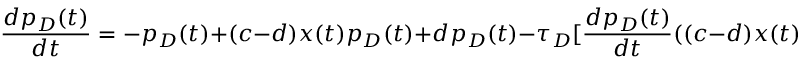
\frac { d p _ { D } ( t ) } { d t } = - p _ { D } ( t ) + ( c - d ) x ( t ) p _ { D } ( t ) + d p _ { D } ( t ) - \tau _ { D } [ \frac { d p _ { D } ( t ) } { d t } ( ( c - d ) x ( t ) + d ) + ( c - d ) p _ { D } ( t ) \frac { d x ( t ) } { d t } ] .